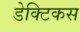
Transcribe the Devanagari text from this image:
डेक्टिकस